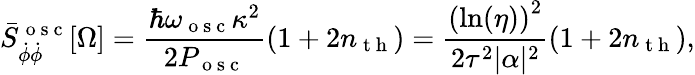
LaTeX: \bar{S}_{\dot{\phi}\dot{\phi}}^{\mathrm{~o~s~c~}}[\Omega]=\frac{\hbar\omega_{\mathrm{~o~s~c~}}\kappa^{2}}{2P_{\mathrm{~o~s~c~}}}\left(1+2n_{\mathrm{~t~h~}}\right)=\frac{\left(\ln(\eta)\right)^{2}}{2\tau^{2}|\alpha|^{2}}(1+2n_{\mathrm{~t~h~}}),